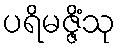
ပရိမဇ္ဇိံသု